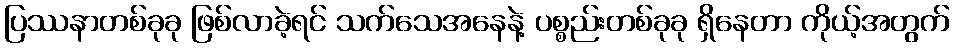
ပြဿနာတစ်ခုခု ဖြစ်လာခဲ့ရင် သက်သေအနေနဲ့ ပစ္စည်းတစ်ခုခု ရှိနေတာ ကိုယ့်အတွက်